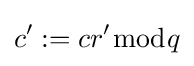
c':=cr'{\bmod {q}}